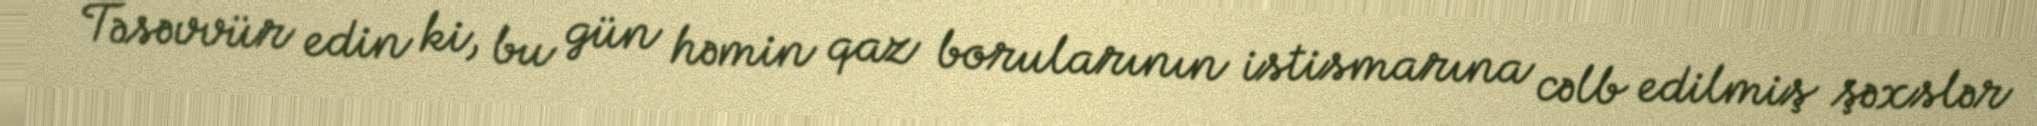
Təsəvvür edin ki, bu gün həmin qaz borularının istismarına cəlb edilmiş şəxslər